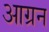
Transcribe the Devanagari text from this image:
आग्रन